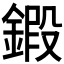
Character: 𨩷